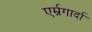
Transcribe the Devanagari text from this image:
एर्म्नगार्दा